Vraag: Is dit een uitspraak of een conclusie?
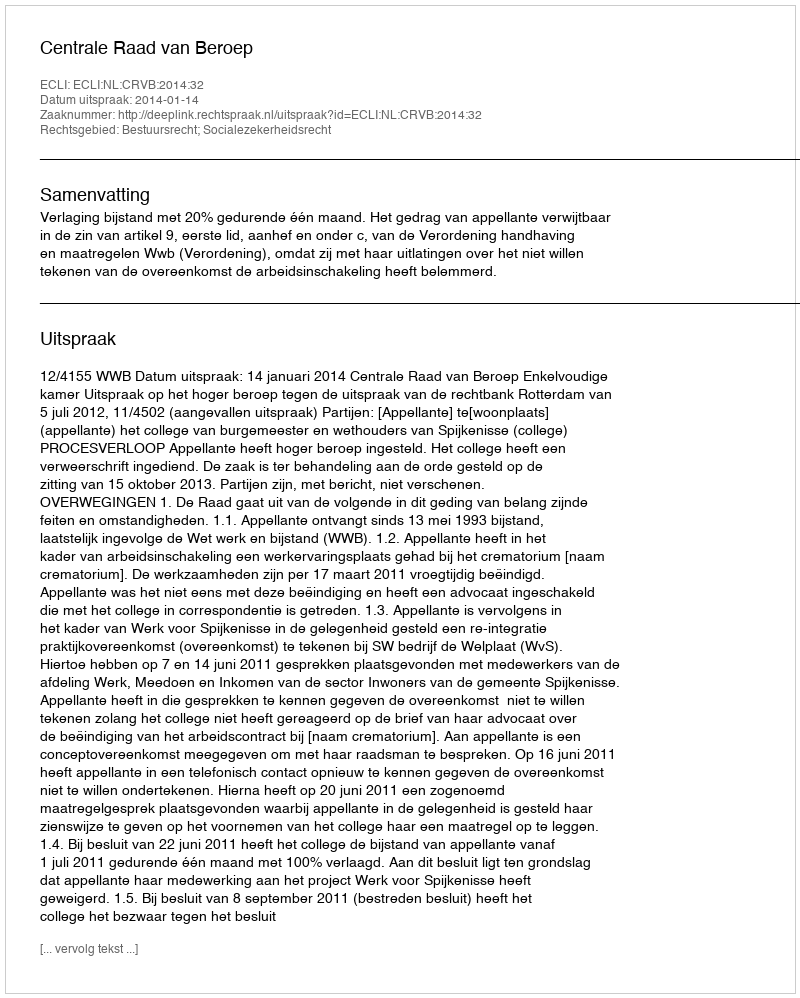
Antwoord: Uitspraak